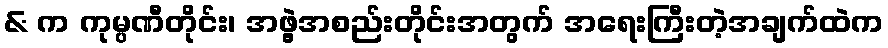
& က ကုမ္ပဏီတိုင်း၊ အဖွဲ့အစည်းတိုင်းအတွက် အရေးကြီးတဲ့အချက်ထဲက